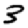
Digit: 3